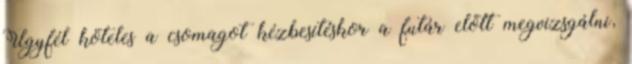
Ügyfél köteles a csomagot kézbesítéskor a futár előtt megvizsgálni,